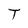
Character: T